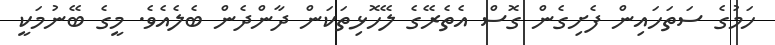
ހަމުގެ ސަތަހައިން ފެށިގެން ގޮސް އެތެރޭގެ ލޭހޮޅިތަކަން ދާންދެން ބެލެއެވެ. މީގެ ބޭނުމަކީ